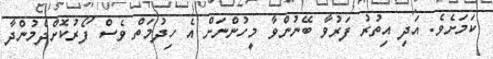
ކަމަށެވެ. އަދި އިތުރު ފަރުވާ ބޭނުންވާ މީހުންނަށް އެ ހިދުމަތް ވެސް ފޯރުކޮށްދެމުންދާ